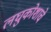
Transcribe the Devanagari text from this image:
लघुकोशाचे